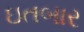
ઇતબાર